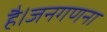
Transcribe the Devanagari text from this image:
है।जनगणना